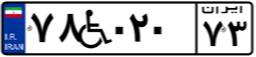
۷۸W۰۲۰۷۳